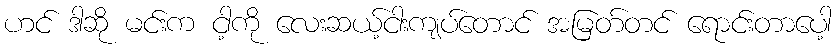
ဟင် ဒါဆို မင်းက ငါ့ကို လေးဆယ့်ငါးကျပ်တောင် အမြတ်တင် ရောင်းတာပေါ့